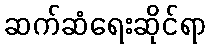
ဆက်ဆံရေးဆိုင်ရာ